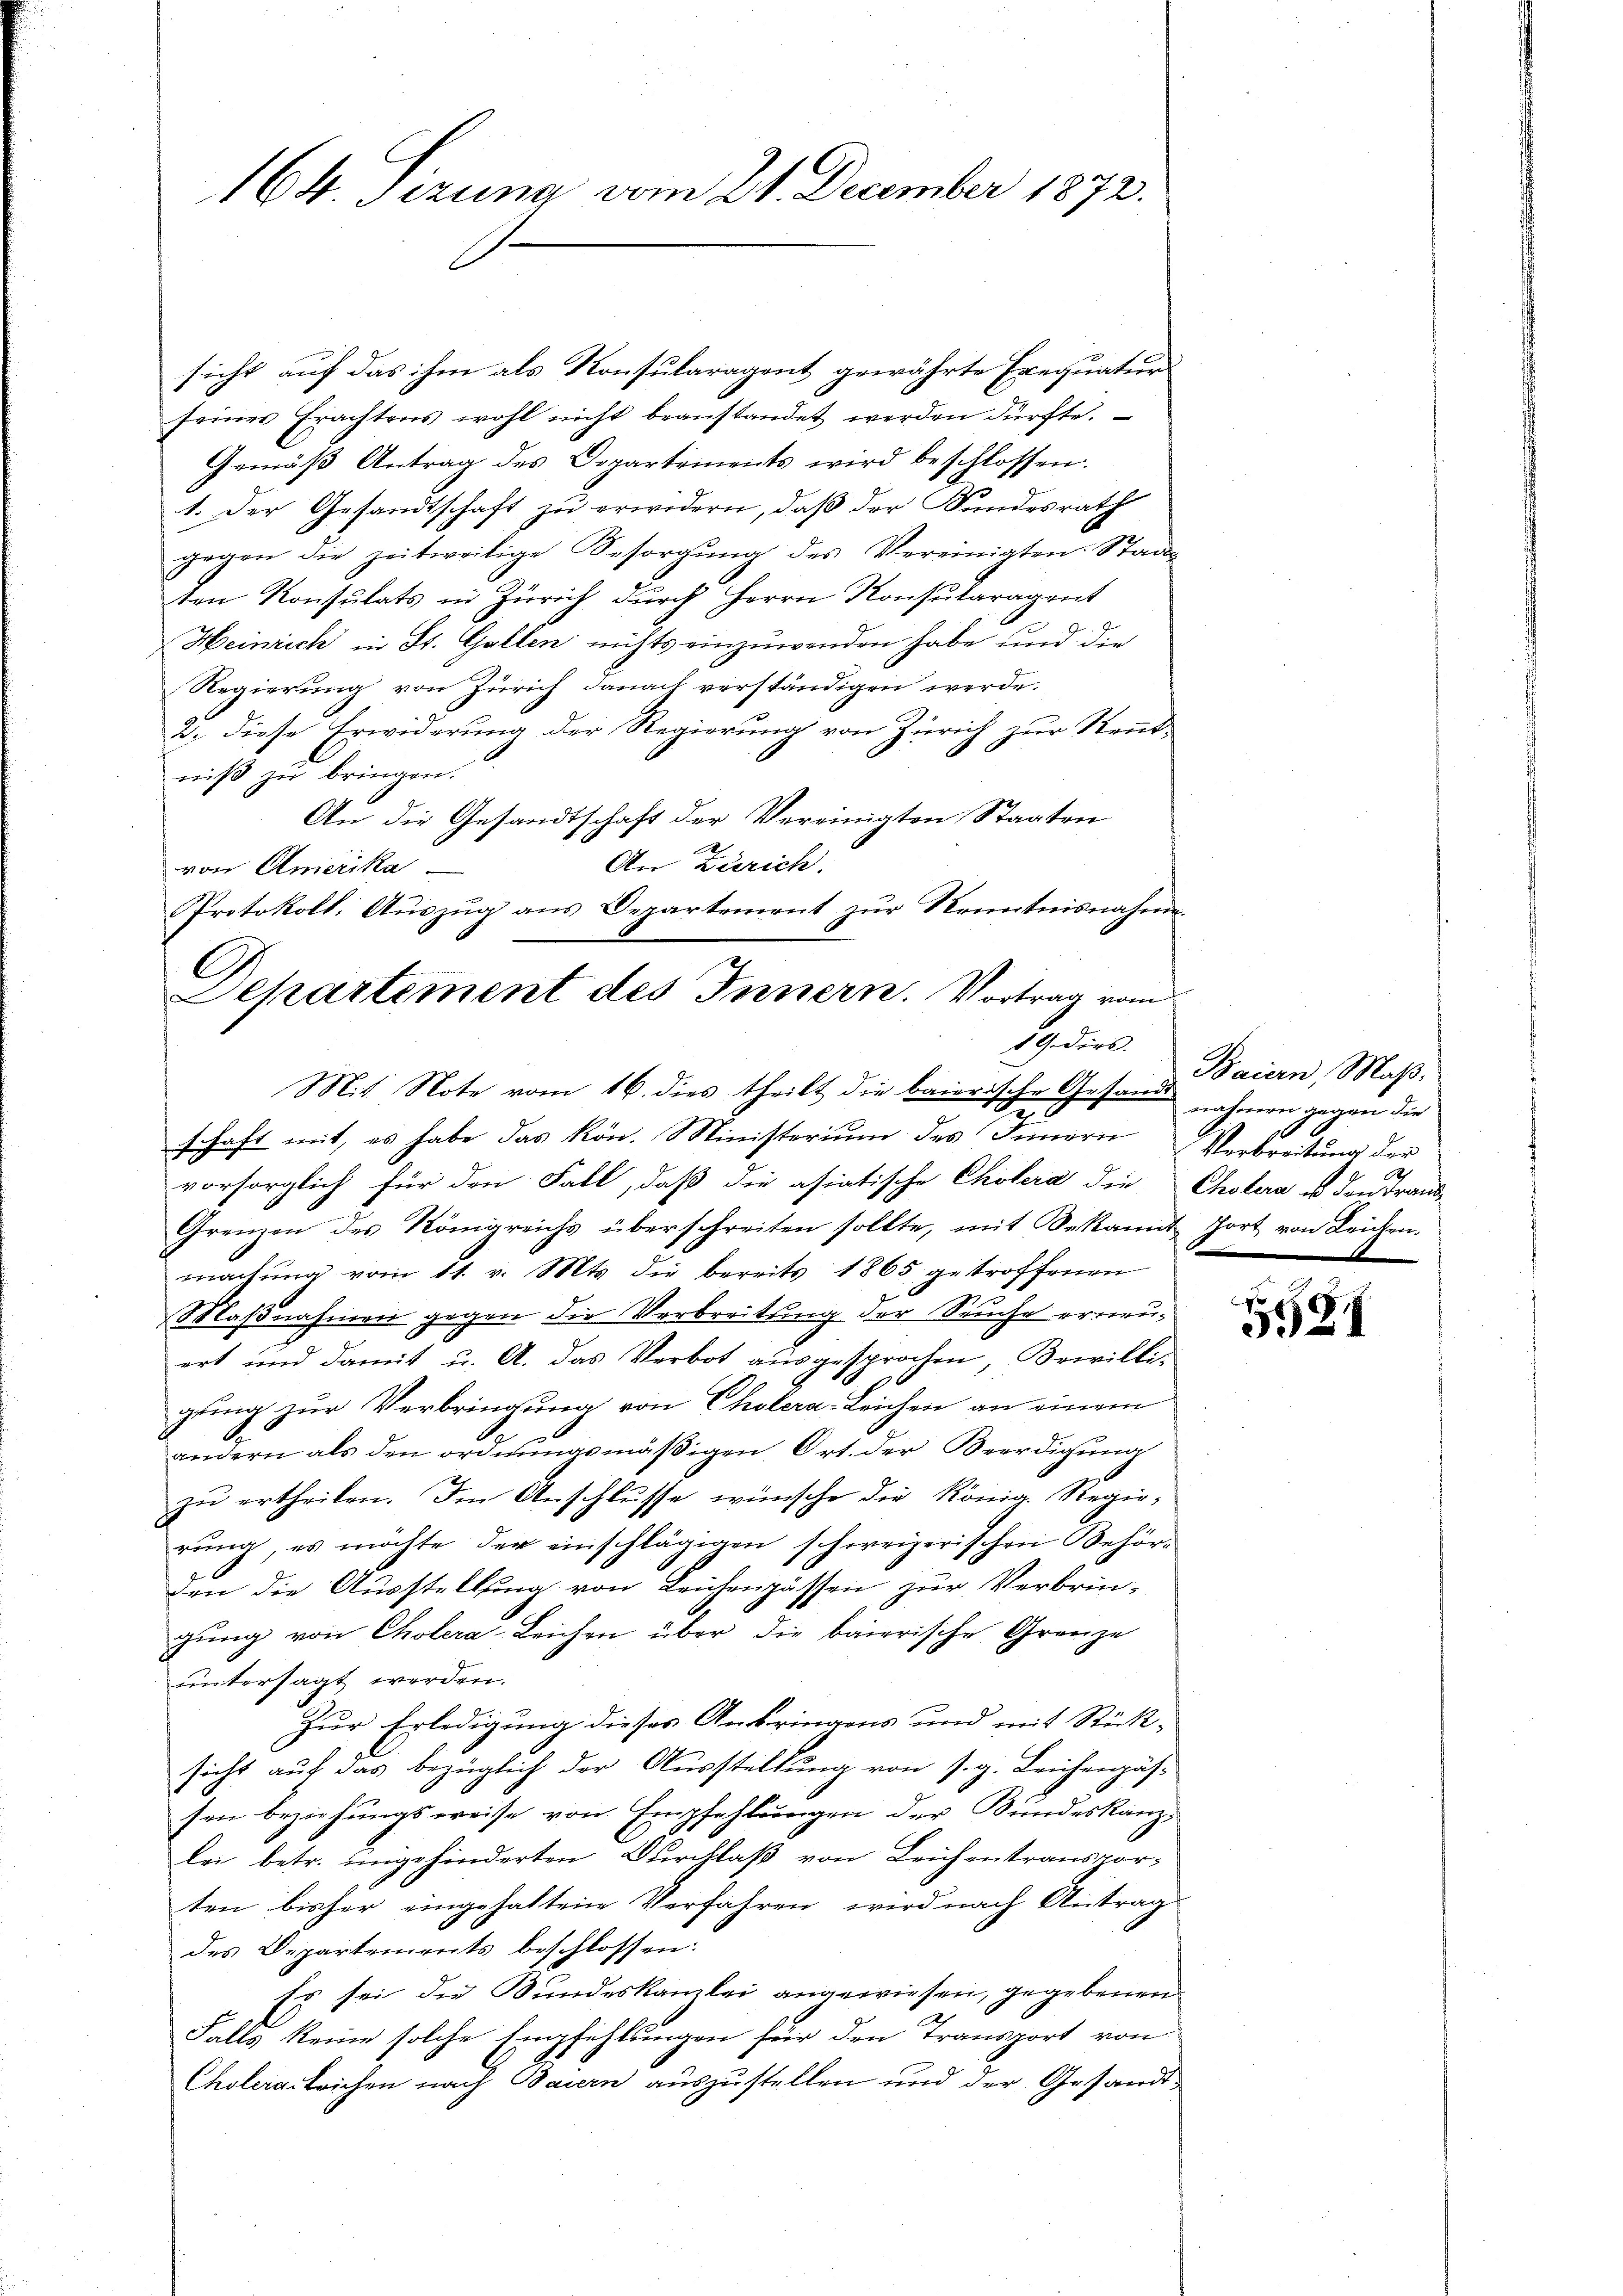
164. Sizung vom 21. December 1872.

sicht auf das ihm als Konsularagent gewährte Erequatur
seiner Erachtens wohl nicht beanstandet werden dürfte.
Gemäβ Antrag des Departements wird beschlossen.
1. Der Gesandtschaft zu erwidern, daß der Kundesrath
gegen die zeitweilige Besorgŭng des Vereinigten: Stadts
ten Konsulats in Zürich durch Herrn Konsularagent
Heinrich in St. Gallen nichts einzuwenden habe und die
Regierung von Zürich danach verständigen werde.
2. diese Erwiderung der Regierung von Zürich zur Rentniß zu bringen.
An die Gesandtschaft der Vereinigten Staaten
An Zürich.
von Amerika
Protokoll. Auszug aus Departement zur Kenntnisnahme.
Mit Note vom 16. dies theilt die baierische Gesand nahmen gegen die
schaft mit, es habe das kön. Ministerium des Innern
vorsorglich für den Fall, daß die asiatische Cholera die Cholera u den Frand-
Grenzen des Königreichs überschreiten sollte, mit Bekannt fort von Leichen.
machŭng vom 11. v. Mts. die bereits 1865 getroffenen
Maβnahmen gegen die Verbreitung der Seuche erneuert und damit u. A. das Verbot ausgesprochen, Bewilligung zur Verbringung von Cholera- Leichen an einem
andern als den ordnungsmäßigen Ort. der Beerdigung
zu ertheilen. Im Anschlusse wünsche die König. Regie-
rung, es möchte der einschlägigen schweizerischen Behörden die Ausstellung von Leichenpässen zur Verbrin-
gung von Cholera-Leichen über die baierische Grenze
untersagt werden.
Zur Erledigung dieses Anbringens und mit Stück-
sicht auf das bezüglich der Ausstellung von s. g. Leichenpäs-
sen beziehungsweise von Empfehlungen der Bundeskanz-
lei betr. ungehinderten Durchlaß von Leichentransporten bisher eingehaltene Verfahren, wird nach Antrag
des Departements beschlossen:
Es sei die Bundeskanzlei angewiesen, gegebenen
Falls keine solche Empfehlungen für den Transport von
Choleralleichen nach Baiern auszustellen und der Gesandt¬

A
Sekartement des Innern. Vortrag vom

29 dies

Baiern, Maß
Verbreitung der
.

559